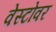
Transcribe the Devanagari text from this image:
वेस्टोवर